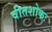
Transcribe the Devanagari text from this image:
वीतशोकः